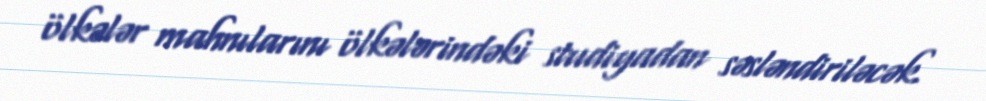
ölkələr mahnılarını ölkələrindəki studiyadan səsləndiriləcək.